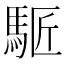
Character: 𩣕